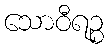
သောဝီရဉ္စ